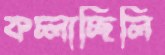
কচ্‌লাচ্ছিলি